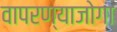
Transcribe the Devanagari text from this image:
वापरण्याजोगा